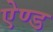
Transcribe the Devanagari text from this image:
एेण्ड